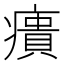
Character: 㿉